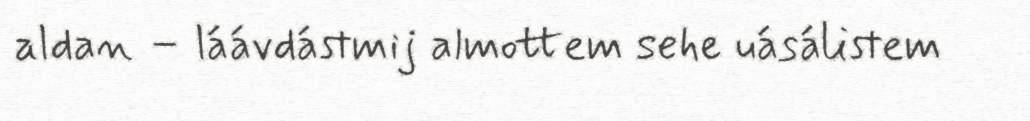
aldan – láávdástmij almottem sehe uásálistem